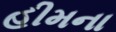
હીમના